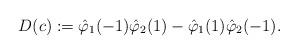
LaTeX: \begin{align*} D(c) : = \hat \varphi_1 (-1) \hat \varphi_2(1) - \hat \varphi_1 (1) \hat \varphi_2(-1). \end{align*}